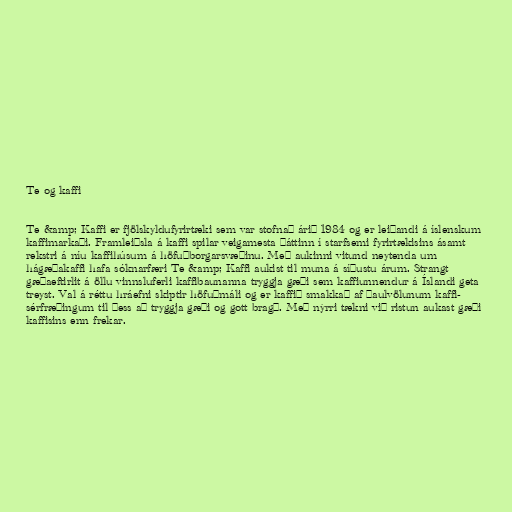
Te og kaffi

Te &amp; Kaffi er fjölskyldufyrirtæki sem var stofnað árið 1984 og er leiðandi á íslenskum
kaffimarkaði. Framleiðsla á kaffi spilar veigamesta þáttinn í starfsemi fyrirtækisins ásamt
rekstri á níu kaffihúsum á höfuðborgarsvæðinu. Með aukinni vitund neytenda um
hágæðakaffi hafa sóknarfæri Te &amp; Kaffi aukist til muna á síðustu árum. Strangt
gæðaeftirlit á öllu vinnsluferli kaffibaunanna tryggja gæði sem kaffiunnendur á Íslandi geta
treyst. Val á réttu hráefni skiptir höfuðmáli og er kaffið smakkað af þaulvölunum kaffi-
sérfræðingum til þess að tryggja gæði og gott bragð. Með nýrri tækni við ristun aukast gæði
kaffisins enn frekar.